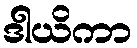
ဒါယိကာ